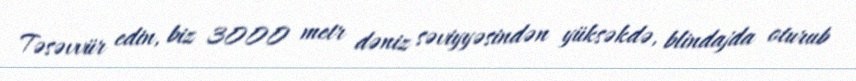
Təsəvvür edin, biz 3000 metr dəniz səviyyəsindən yüksəkdə, blindajda oturub